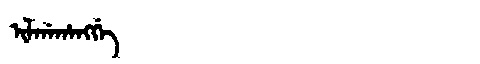
Manchu: ᡳᠯᡤᠠᡥᠠᠩᡤᡝ
Romanization: ILGAHANGGE